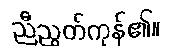
ညီညွတ်ကုန်၏။